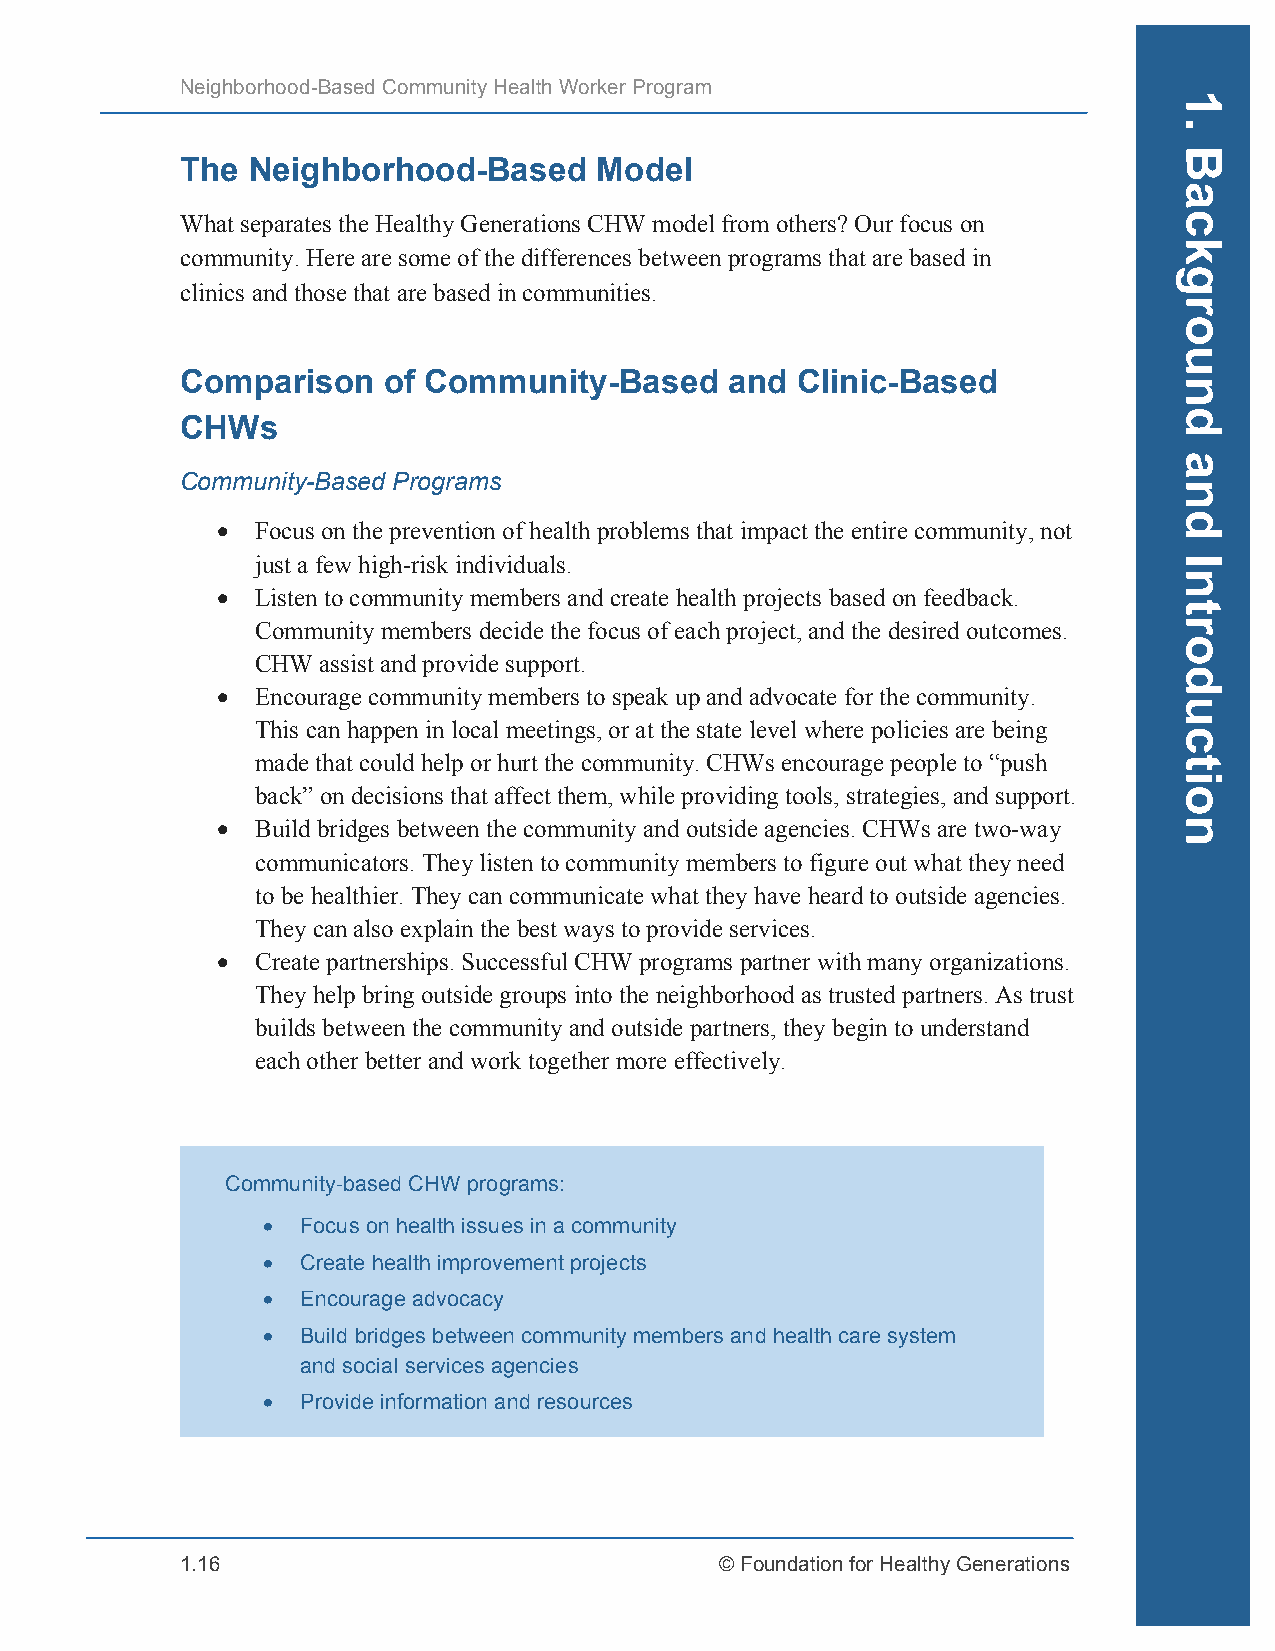
Neighborhood-Based Community Health Worker Program
 The Neighborhood-Based      Model
 What separates the Healthy Generations CHW model from others? Our focus on
 community. Here are some of the differences between programs that are based in
 clinics and those that are based in communities.
 Comparison   of Community-Based     and  Clinic-Based
 CHWs
 Community-Based Programs
 •  Focus on the prevention of health problems that impact the entire community, not
 just a few high-risk individuals.
 •  Listen to community members and create health projects based on feedback.
 Community members decide the focus of each project, and the desired outcomes.
 CHW assist and provide support.
 •  Encourage community members to speak up and advocate for the community.
 This can happen in local meetings, or at the state level where policies are being
 made that could help or hurt the community. CHWs encourage people to “push
 back” on decisions that affect them, while providing tools, strategies, and support.
 •  Build bridges between the community and outside agencies. CHWs are two-way
 communicators. They listen to community members to figure out what they need
 to be healthier. They can communicate what they have heard to outside agencies.
 They can also explain the best ways to provide services.
 •  Create partnerships. Successful CHW programs partner with many organizations.
 They help bring outside groups into the neighborhood as trusted partners. As trust
 builds between the community and outside partners, they begin to understand
 each other better and work together more effectively.
 Community-based CHW programs:
 •  Focus on health issues in a community
 •  Create health improvement projects
 •  Encourage advocacy
 •  Build bridges between community members and health care system
 and social services agencies
 •  Provide information and resources
 1.16                                © Foundation for Healthy Generations
 1.
 Background
 and
 Introduction